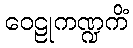
ဝေဠုကဏ္ဍကိံ